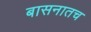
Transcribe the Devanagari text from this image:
बासनातच